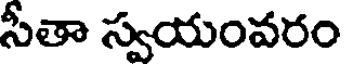
సీతా స్వయంవరం